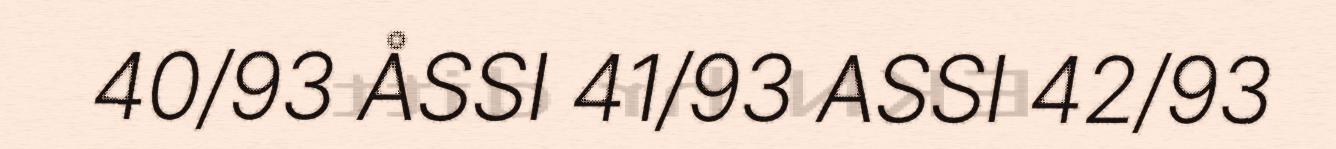
40/93 ÅSSI 41/93 ASSI 42/93